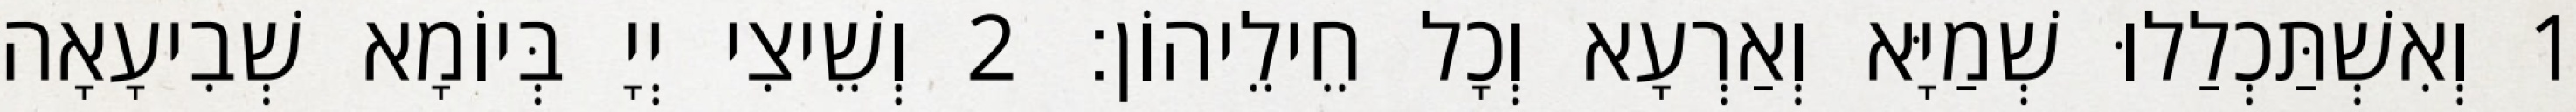
1 וְאִשְׁתַּכְלַלוּ שְׁמַיָּא וְאַרְעָא וְכָל חֵילֵיהוֹן׃ 2 וְשֵׁיצִי יְיָ בְּיוֹמָא שְׁבִיעָאָה